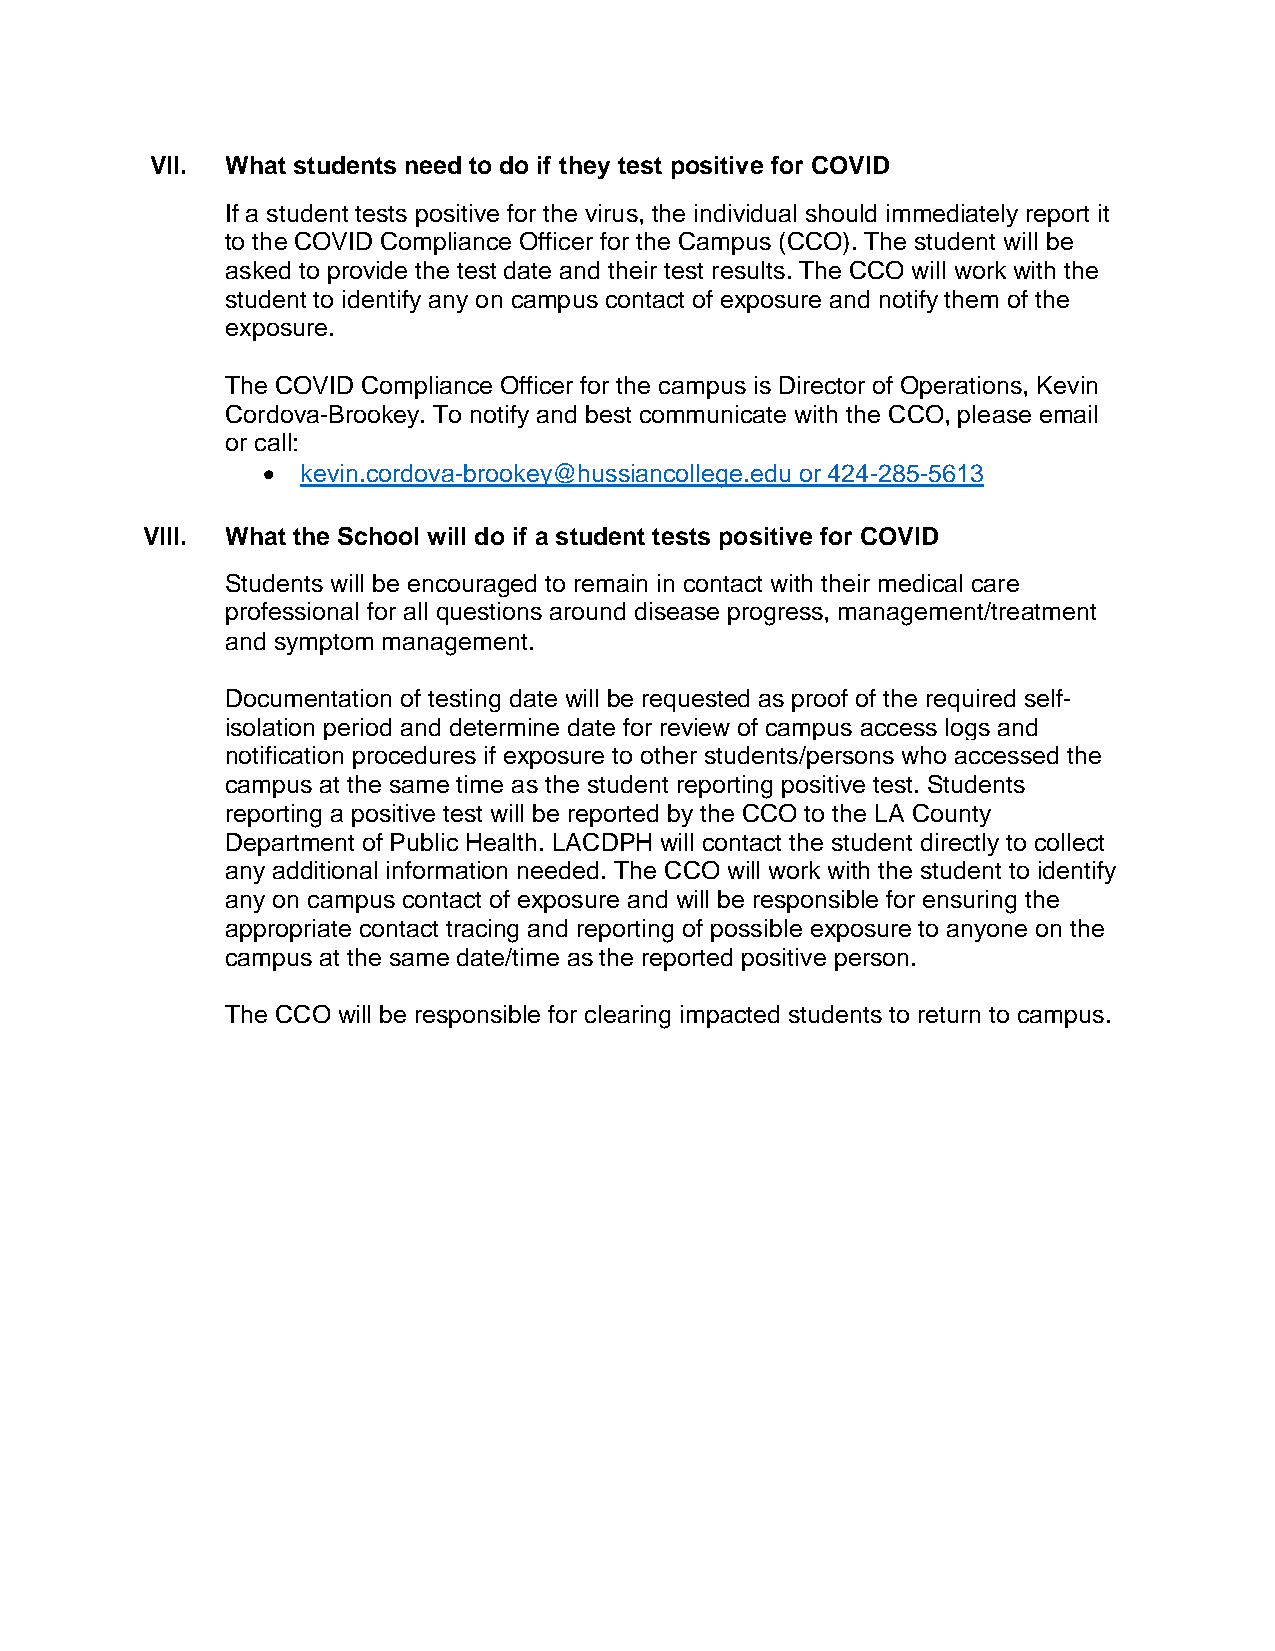
VII. What students need to do if they test positive for COVID
 If a student tests positive for the virus, the individual should immediately report it
 to the COVID Compliance Officer for the Campus (CCO). The student will be
 asked to provide the test date and their test results. The CCO will work with the
 student to identify any on campus contact of exposure and notify them of the
 exposure.
 The COVID Compliance Officer for the campus is Director of Operations, Kevin
 Cordova-Brookey. To notify and best communicate with the CCO, please email
 or call:
 •  kevin.cordova-brookey@hussiancollege.edu or 424-285-5613
 VIII. What the School will do if a student tests positive for COVID
 Students will be encouraged to remain in contact with their medical care
 professional for all questions around disease progress, management/treatment
 and symptom management.
 Documentation of testing date will be requested as proof of the required self-
 isolation period and determine date for review of campus access logs and
 notification procedures if exposure to other students/persons who accessed the
 campus at the same time as the student reporting positive test. Students
 reporting a positive test will be reported by the CCO to the LA County
 Department of Public Health. LACDPH will contact the student directly to collect
 any additional information needed. The CCO will work with the student to identify
 any on campus contact of exposure and will be responsible for ensuring the
 appropriate contact tracing and reporting of possible exposure to anyone on the
 campus at the same date/time as the reported positive person.
 The CCO will be responsible for clearing impacted students to return to campus.